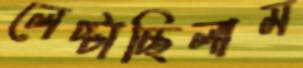
লেপ্‌টাচ্ছিলাম